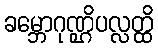
ခမ္ဘောဂုဏ္ဌိပလ္လတ္ထိ